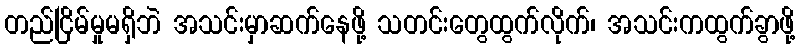
တည်ငြိမ်မှုမရှိဘဲ အသင်းမှာဆက်နေဖို့ သတင်းတွေထွက်လိုက်၊ အသင်းကထွက်ခွာဖို့